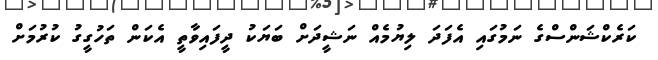
ކަރެކްޝަންސްގެ ނަމުގައި އެފަދަ ލިޔުމެއް ނަޝީދަށް ބަޔަކު ދީފައިވާތީ އެކަން ތަހުގީގު ކުރުމަށް